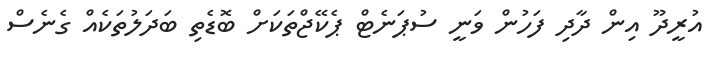
އުރީދޫ އިން ދާދި ފަހުން ވަނީ ސުޕަނެޓް ޕެކޭޖްތަކަށް ބޮޑެތި ބަދަލުތަކެއް ގެނެސް